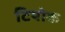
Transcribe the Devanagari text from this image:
टियोक